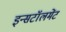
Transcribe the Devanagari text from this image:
इन्सटॉलमेंट